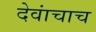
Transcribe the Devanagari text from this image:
देवांचाच